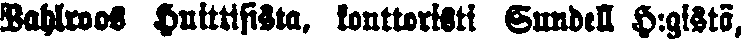
Wahlroos Huittissita, konttoristi Sundell H:gistä,